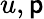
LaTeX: u,\mathsf{p}